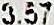
3.57